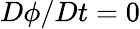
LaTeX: D\phi/Dt=0